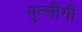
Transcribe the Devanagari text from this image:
पुन्सीगी